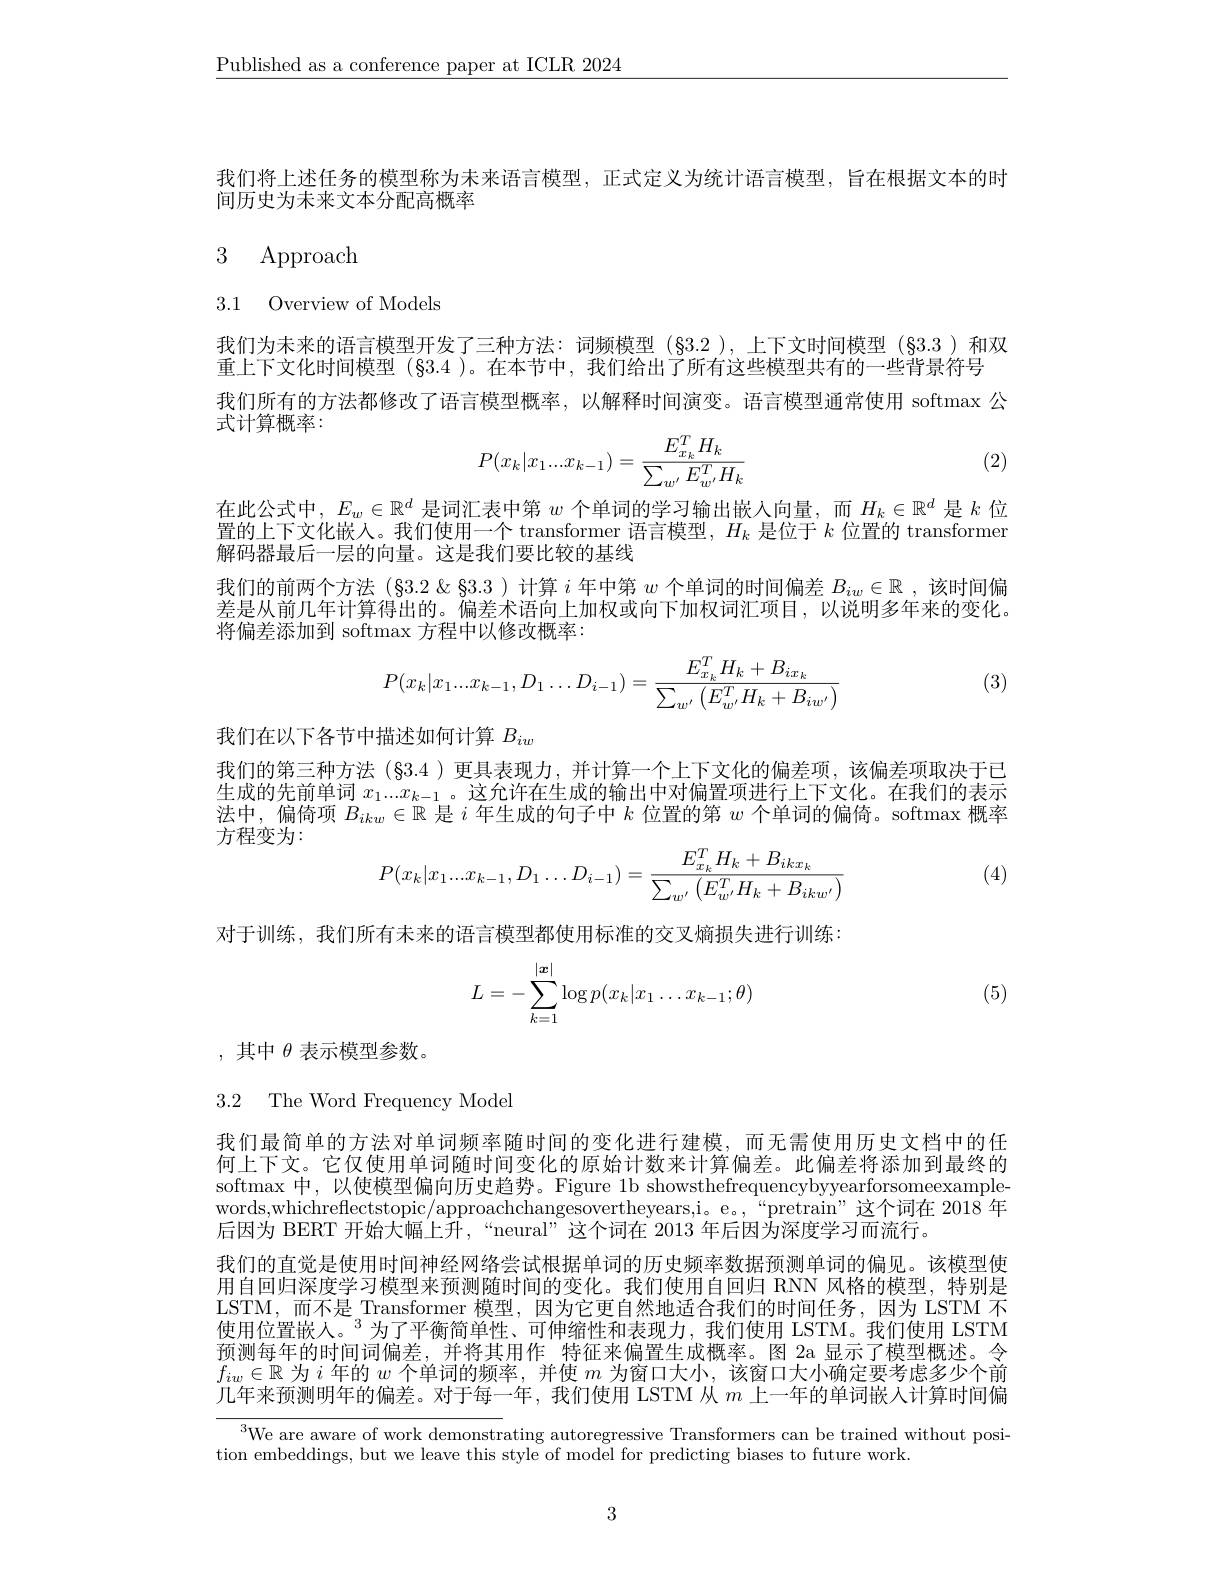
$\underline{\text{Published as a conference paper at ICLR 2024}}$

我们将上述任务的模型称为未来语言模型，正式定义为统计语言模型，旨在根据文本的时
间历史为未来文本分配高概率

# 3 Approach

3.1 Overview of Models

我们为未来的语言模型开发了三种方法：词频模型(§3.2),上下文时间模型(§3.3)和双
重上下文化时间模型 (§3.4 )。在本节中，我们给出了所有这些模型共有的一些背景符号
我们所有的方法都修改了语言模型概率，以解释时间演变。语言模型通常使用 softmax 公
式计算概率：
$$P(x_k|x_1...x_{k-1})=\frac{E_{x_k}^TH_k}{\sum_{w'}E_{w'}^TH_k}$$
(2)

在此公式中，$E_w\in\mathbb{R}^d$是词汇表中第$w$个单词的学习输出嵌入向量，而$H_k\in\mathbb{R}^d$是$k$位置的上下文化嵌人。我们使用一个 transformer 语言模型$,H_k$是位于$k$位置的 transformer 解码器最后一层的向量。这是我们要比较的基线
我们的前两个方法(§3.2&§3.3)计算$i$年中第$w$个单词的时间偏差$B_iw\in\mathbb{R}$ ,该时间偏差是从前几年计算得出的。偏差术语向上加权或向下加权词汇项目，以说明多年来的变化。将偏差添加到 softmax 方程中以修改概率：

(3)
$$P(x_k|x_1...x_{k-1},D_1\dots D_{i-1})=\frac{E_{x_k}^TH_k+B_{ix_k}}{\sum_{w'}\left(E_{w'}^TH_k+B_{iw'}\right)}$$
我们在以下各节中描述如何计算$B_{iw}$
我们的第三种方法(§3.4 )更具表现力，并计算一个上下文化的偏差项，该偏差项取决于已生成的先前单词 $x_1...x_{k-1}$。这允许在生成的输出中对偏置项进行上下文化。在我们的表示冲中一向传币 $D_{-\infty}$ 日·尔牛龙的白子中$\lambda_\text{ 公里的结构 }$会为的问的位位体法中，偏倚项$B_ikw\in\mathbb{R}$是$i$年生成的句子中$k$位置的第$w$个单词的偏倚。softmax 概率方程变为：
$$P(x_k|x_1...x_{k-1},D_1\dots D_{i-1})=\frac{E_{x_k}^TH_k+B_{ikx_k}}{\sum_{w'}\left(E_{w'}^TH_k+B_{ikw'}\right)}$$
(4)

对于训练，我们所有未来的语言模型都使用标准的交叉熵损失进行训练：

(5)
$$L=-\sum\limits_{k=1}^{|\boldsymbol{x}|}\log p(x_k|x_1\dots x_{k-1};\theta)$$
,其中$\theta$表示模型参数。

3.2 The Word Frequency Model

我们最简单的方法对单词频率随时间的变化进行建模，而无需使用历史文档中的任何上下文。它仅使用单词随时间变化的原始计数来计算偏差。此偏差将添加到最终的softmax 中，以使模型偏向历史趋势。Figure 1b showsthefrequencybyyearforsomeexamplewords,whichreflectstopic/approachchangesovertheyears,i。e。,“pretrain”这个词在 2018 年后因为 BERT 开始大幅上升，“neural”这个词在 2013 年后因为深度学习而流行。
我们的直觉是使用时间神经网络尝试根据单词的历史频率数据预测单词的偏见。该模型使用自回归深度学习模型来预测随时间的变化。我们使用自回归 RNN 风格的模型，特别是LSTM,而不是 Transformer 模型，因为它更自然地适合我们的时间任务，因为 LSTM 不使用位置嵌人。$^{3}$为了平衡简单性、可伸缩性和表现力，我们使用 LSTM。我们使用 LSTM 预测每年的时间词偏差，并将其用作 特征来偏置生成概率。图 2a 显示了模型概述。令$f_{iw}\in\mathbb{R}$为$i$年的$w$个单词的频率，并使$m$为窗口大小，该窗口大小确定要考虑多少个前几年来预测明年的偏差。对于每一年，我们使用 LSTM 从$m$上一年的单词嵌入计算时间偏

$^{3}$We are aware of work demonstrating autoregressive Transformers can be trained without posi-
tion embeddings, but we leave this style of model for predicting biases to future work.

3